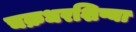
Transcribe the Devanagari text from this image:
चक्रधरशिष्या